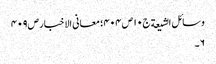
وسائل الشیعة ج١٠ ص ٤٠٤؛ معانی الاخبار ص٤٠٩
٦۔